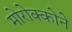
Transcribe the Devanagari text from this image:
मोरोक्कोने